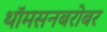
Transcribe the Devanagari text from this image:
थॉमसनबरोबर